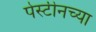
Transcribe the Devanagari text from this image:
पेस्टीनच्या